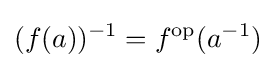
(f(a))^{-1}=f^{\text{op}}(a^{-1})